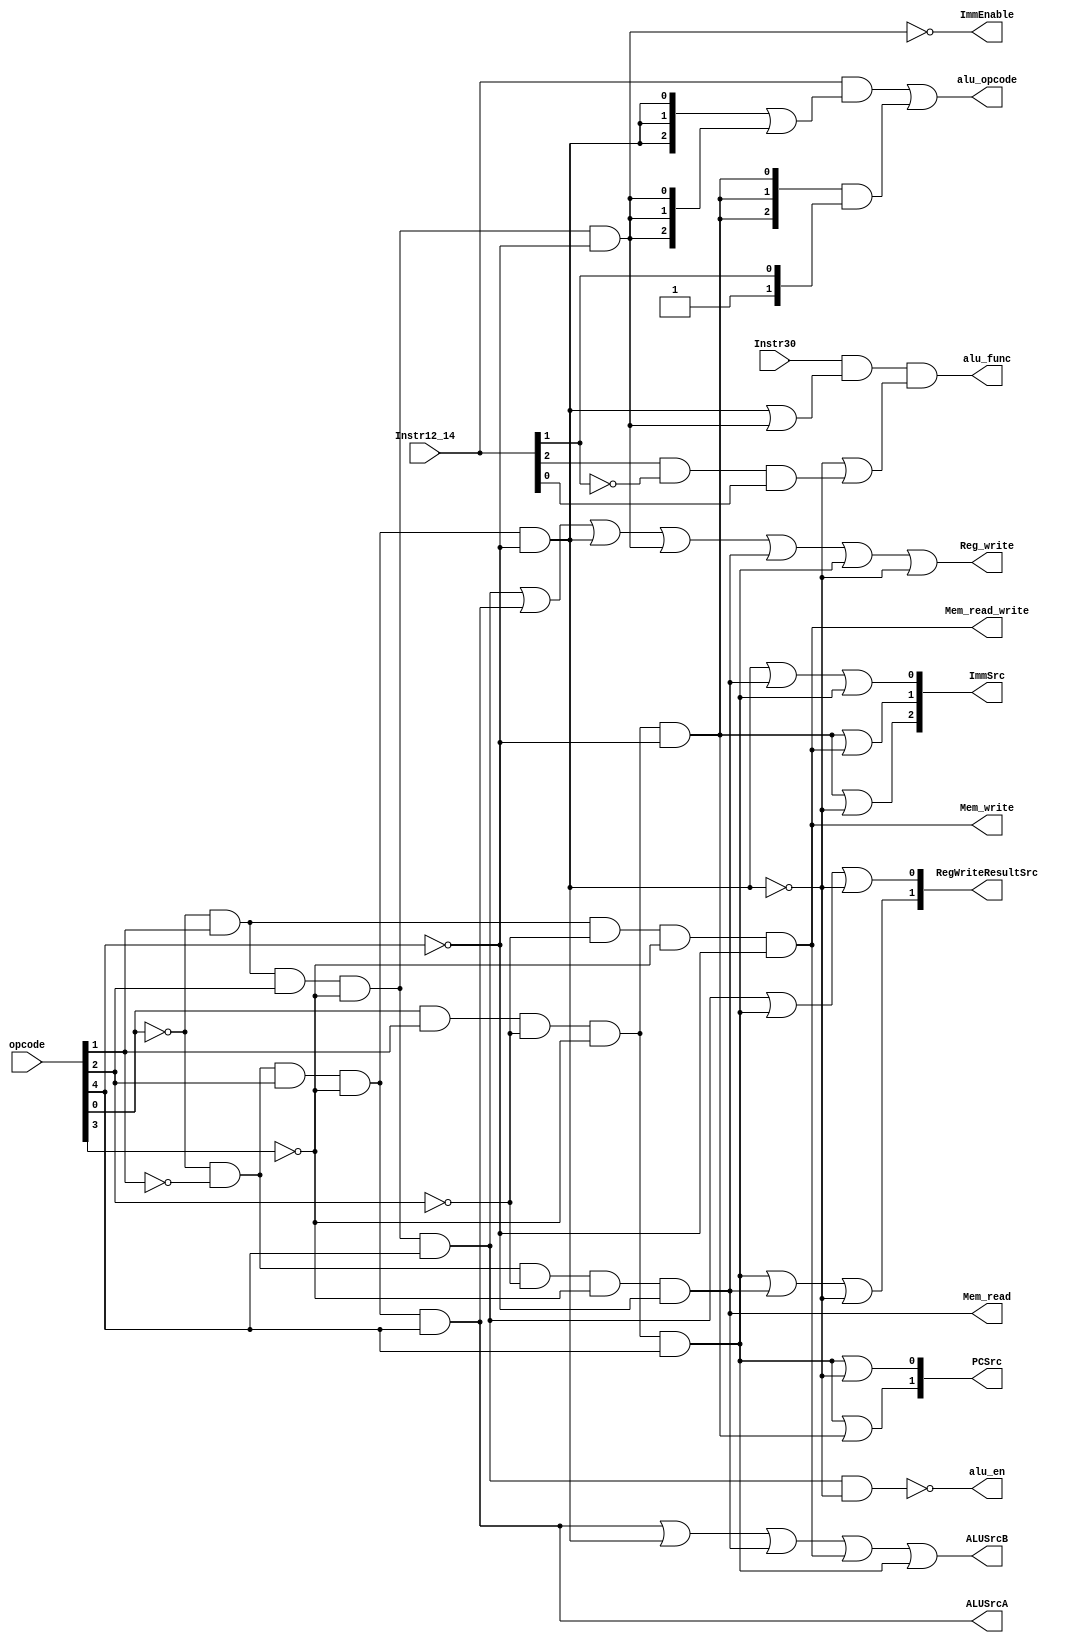
`timescale 1ns / 1ps
//////////////////////////////////////////////////////////////////////////////////
// Company: 
// 
// Design Name: 
// Module Name: ControlUnit
// Project Name: 
// Target Devices: 
// Tool Versions: 
// Description: 
// 
// Dependencies: 
// 
// Revision:
// Revision 0.01 - File Created
// Additional Comments:
// 
//////////////////////////////////////////////////////////////////////////////////


module ControlUnit(
    output alu_en,
    output alu_func,
    output [2:0] alu_opcode,
    output ALUSrcA,
    output ALUSrcB,
    output [2:0] ImmSrc,
    output ImmEnable,
    output [1:0] PCSrc,
    output Reg_write,
    output [1:0] RegWriteResultSrc,
    output Mem_write,
    output Mem_read,
    output Mem_read_write,
    input Instr30,
    input [2:0] Instr12_14,
    input [4:0] opcode
    );
    
//    we will use a AND plane and a OR plane for the microcode
//                 supported opcodes and microcode:
//    0 1 1 0 1 ---|--------|--------|---------x-------------|------------|----------|---------x---------|----------|----------|------------|---------|-------------|--------------------x-------------- row0
//    0 0 1 0 1 ---x--------x--------x---------x-------------|------------|----------|---------x---------|----------|----------|------------|---------|-------------|--------------------|-------------- row1
//    0 0 1 0 0 ---x--------|--------x---------x-------------|------------|----------|---------x---------|----------|----------x------------|---------|-------------|--------------------|-------------- row2
//    0 1 1 0 0 ---x--------|--------|---------x-------------|------------|----------|---------|---------|----------|----------|------------|---------|-------------|--------------------|-------------- row3
//    0 0 0 0 0 ---x--------|--------x---------x-------------|------------|----------x---------x---------|----------|----------x------------|---------|-------------x--------------------|-------------- row4
//    0 1 0 0 0 ---x--------|--------x---------|-------------x------------x----------|---------x---------|----------x----------|------------|---------|-------------|--------------------|-------------- row5   
//    1 1 0 0 0 ---x--------|--------|---------|-------------|------------|----------|---------x---------x----------x----------|------------|---------x-------------|--------------------|-------------- row6
//    1 1 0 0 1 ---x--------|--------x---------x-------------|------------|----------|---------x---------|----------|----------x------------x---------x-------------x--------------------x-------------- row7   
//    1 1 0 1 1 ---|--------|--------|---------x-------------|------------|----------|---------x---------x----------|----------|------------x---------|-------------x--------------------x-------------- row8
//                 |        |        |         |             |            |          |         |         |          |          |            |         |             |                    |
//               alu_en  ALUSrcA  ALUSrcB  Reg_write  Mem_read_write  Mem_write  Mem_read  ImmEnable  ImmSrc[2]  ImmSrc[1]  ImmSrc[0]  PCSrc[0]  PCSrc[1]  RegWriteResultSrc[1]  RegWriteResultSrc[0]


//                                                _________
// Instr30 --------------------------------------|         |
//                ________                       |         |
// row2----------|        |                      |         |
//               |   OR   |----------------------|   AND   |--------------- alu_func
// row3----------|        |                      |         |
//                               -------|         | 
//                                       |        
//                         ________      |
// row2----------------|>o|        |     |
//                        |   OR   |-----
// code for right shift---|        |          
//                          


//                                                 _________
// Instr12_14------------------------/------------|         |                                _________
//                            _________           | bitwise |----------------/--------------| bitwise |
// {row2, row2, row2}---/----| bitwise |          |   AND   |                               |   OR    |------/-------- alu_opcode
//                           |   OR    |----/-----|         |                       ---/---|         |
// {row3, row3, row3}---/----|         |                    _________      |        
//                               {row6, row6, row6}---/----| bitwise |     |
//                                                                  |   AND   |-----
//                                     {0, 1, Instr12_14[1]}---/----|         |
//                                                                   
    
    wire row0, row1, row2, row3, row4, row5, row6, row7, row8, row9;

//  the AND plane
    and(row0, ~opcode[0],  opcode[1],  opcode[2], ~opcode[3],  opcode[4]);
    and(row1, ~opcode[0], ~opcode[1],  opcode[2], ~opcode[3],  opcode[4]);
    and(row2, ~opcode[0], ~opcode[1],  opcode[2], ~opcode[3], ~opcode[4]);
    and(row3, ~opcode[0],  opcode[1],  opcode[2], ~opcode[3], ~opcode[4]);
    and(row4, ~opcode[0], ~opcode[1], ~opcode[2], ~opcode[3], ~opcode[4]);
    and(row5, ~opcode[0],  opcode[1], ~opcode[2], ~opcode[3], ~opcode[4]);
    and(row6,  opcode[0],  opcode[1], ~opcode[2], ~opcode[3], ~opcode[4]);
    and(row7,  opcode[0],  opcode[1], ~opcode[2], ~opcode[3],  opcode[4]);
    assign row8 = ~row2; // and(row8,  opcode[0],  opcode[1], ~opcode[2],  opcode[3],  opcode[4]);

//  the OR plane
    nand(alu_en, row0, row8); // or(alu_en, row1, row2, row3, row4, row5, row6, row7);
    assign ALUSrcA = row1;
    or(ALUSrcB, row1, row2, row4, row5, row7);
    or(Reg_write, row0, row1, row2, row3, row4, row7, row8);
    or(RegWriteResultSrc[1], row7, row4, row8);
    or(RegWriteResultSrc[0], row0, row7, row8);
    or(ImmSrc[0], row2, row4, row7);
    or(ImmSrc[1], row6, row5);
    or(ImmSrc[2], row6, row8);
    assign ImmEnable = ~row3; // or(ImmEnable, row0, row1, row2, row4, row5, row6, row7, row8);
    or(PCSrc[0], row7, row8);
    or(PCSrc[1], row7, row6);
    assign alu_func = (Instr30) && (row2 || row3) && ((~row2) || ((Instr12_14[2]) && (~Instr12_14[1]) && (Instr12_14[0])));
    assign alu_opcode = (Instr12_14 & ({row2, row2, row2} | {row3, row3, row3})) | ({row6, row6, row6} & {1'b0, 1'b1, Instr12_14[1]});
    assign Mem_read = row4;
    assign Mem_read_write = row5;
    assign Mem_write = row5;


endmodule